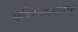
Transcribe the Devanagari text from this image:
परिमाणनात्मक